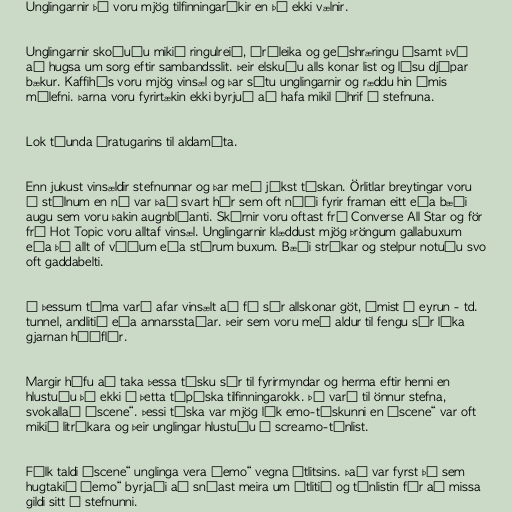
Unglingarnir þá voru mjög tilfinningaríkir en þó ekki vælnir.

Unglingarnir skoðuðu mikið ringulreið, óróleika og geðshræringu ásamt því
að hugsa um sorg eftir sambandsslit. Þeir elskuðu alls konar list og lásu djúpar
bækur. Kaffihús voru mjög vinsæl og þar sátu unglingarnir og ræddu hin ýmis
málefni. Þarna voru fyrirtækin ekki byrjuð að hafa mikil áhrif á stefnuna.

Lok tíunda áratugarins til aldamóta.

Enn jukust vinsældir stefnunnar og þar með jókst tískan. Örlitlar breytingar voru
á stílnum en nú var það svart hár sem oft náði fyrir framan eitt eða bæði
augu sem voru þakin augnblýanti. Skórnir voru oftast frá Converse All Star og för
frá Hot Topic voru alltaf vinsæl. Unglingarnir klæddust mjög þröngum gallabuxum
eða þá allt of víðum eða stórum buxum. Bæði strákar og stelpur notuðu svo
oft gaddabelti.

Á þessum tíma varð afar vinsælt að fá sér allskonar göt, ýmist í eyrun - td.
tunnel, andlitið eða annarsstaðar. Þeir sem voru með aldur til fengu sér líka
gjarnan húðflúr.

Margir hófu að taka þessa tísku sér til fyrirmyndar og herma eftir henni en
hlustuðu þó ekki á þetta típíska tilfinningarokk. Þá varð til önnur stefna,
svokallað „scene“. Þessi tíska var mjög lík emo-tískunni en „scene“ var oft
mikið litríkara og þeir unglingar hlustuðu á screamo-tónlist.

Fólk taldi „scene“ unglinga vera „emo“ vegna útlitsins. Það var fyrst þá sem
hugtakið „emo“ byrjaði að snúast meira um útlitið og tónlistin fór að missa
gildi sitt í stefnunni.